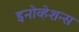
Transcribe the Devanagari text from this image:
इनोव्हेशन्स